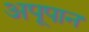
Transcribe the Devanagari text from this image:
अपूपान